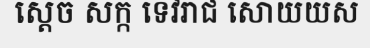
ស្តេច សក្ក ទេវរាជ សោយយស